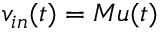
v _ { i n } ( t ) = M u ( t )